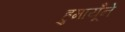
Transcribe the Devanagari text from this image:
हुमायूँने